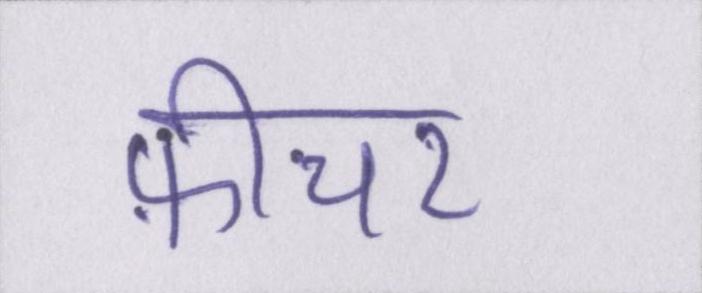
फ़ीचर